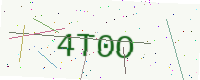
Text: 4T0O